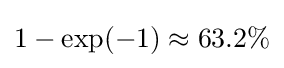
1-\exp(-1)\approx 63.2\%